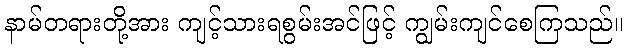
နာမ်တရားတို့အား ကျင့်သားရစွမ်းအင်ဖြင့် ကျွမ်းကျင်စေကြသည်။